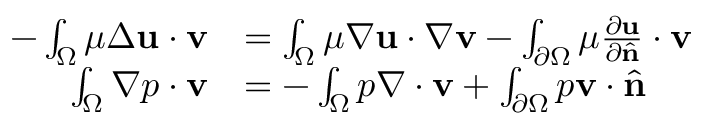
{ \begin{array} { r l } { - \int _ { \Omega } \mu \Delta \mathbf { u } \cdot \mathbf { v } } & { = \int _ { \Omega } \mu \nabla \mathbf { u } \cdot \nabla \mathbf { v } - \int _ { \partial \Omega } \mu { \frac { \partial \mathbf { u } } { \partial { \hat { \mathbf { n } } } } } \cdot \mathbf { v } } \\ { \int _ { \Omega } \nabla p \cdot \mathbf { v } } & { = - \int _ { \Omega } p \nabla \cdot \mathbf { v } + \int _ { \partial \Omega } p \mathbf { v } \cdot { \hat { \mathbf { n } } } } \end{array} }